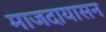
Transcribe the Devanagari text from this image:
माजदायासन